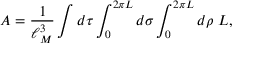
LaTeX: A = { \frac { 1 } { \ell _ { M } ^ { 3 } } } \int d \tau \int _ { 0 } ^ { 2 \pi L } d \sigma \int _ { 0 } ^ { 2 \pi L } d \rho \, \, { \cal L } ,